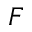
F